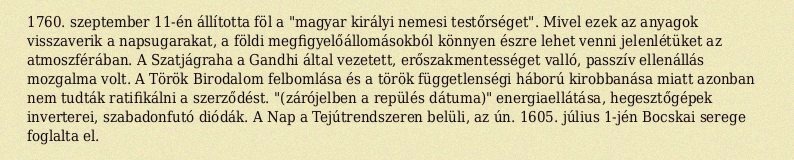
1760. szeptember 11-én állította föl a "magyar királyi nemesi testőrséget". Mivel ezek az anyagok visszaverik a napsugarakat, a földi megfigyelőállomásokból könnyen észre lehet venni jelenlétüket az atmoszférában. A Szatjágraha a Gandhi által vezetett, erőszakmentességet valló, passzív ellenállás mozgalma volt. A Török Birodalom felbomlása és a török függetlenségi háború kirobbanása miatt azonban nem tudták ratifikálni a szerződést. "(zárójelben a repülés dátuma)" energiaellátása, hegesztőgépek inverterei, szabadonfutó diódák. A Nap a Tejútrendszeren belüli, az ún. 1605. július 1-jén Bocskai serege foglalta el.